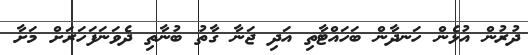
ދުރުން އުޅެން ހަނދާން ބަހައްޓާތި އަދި ޖަނާ ގާތު ބުނާތި ދެވަނަފަހަރަށް މަށާ